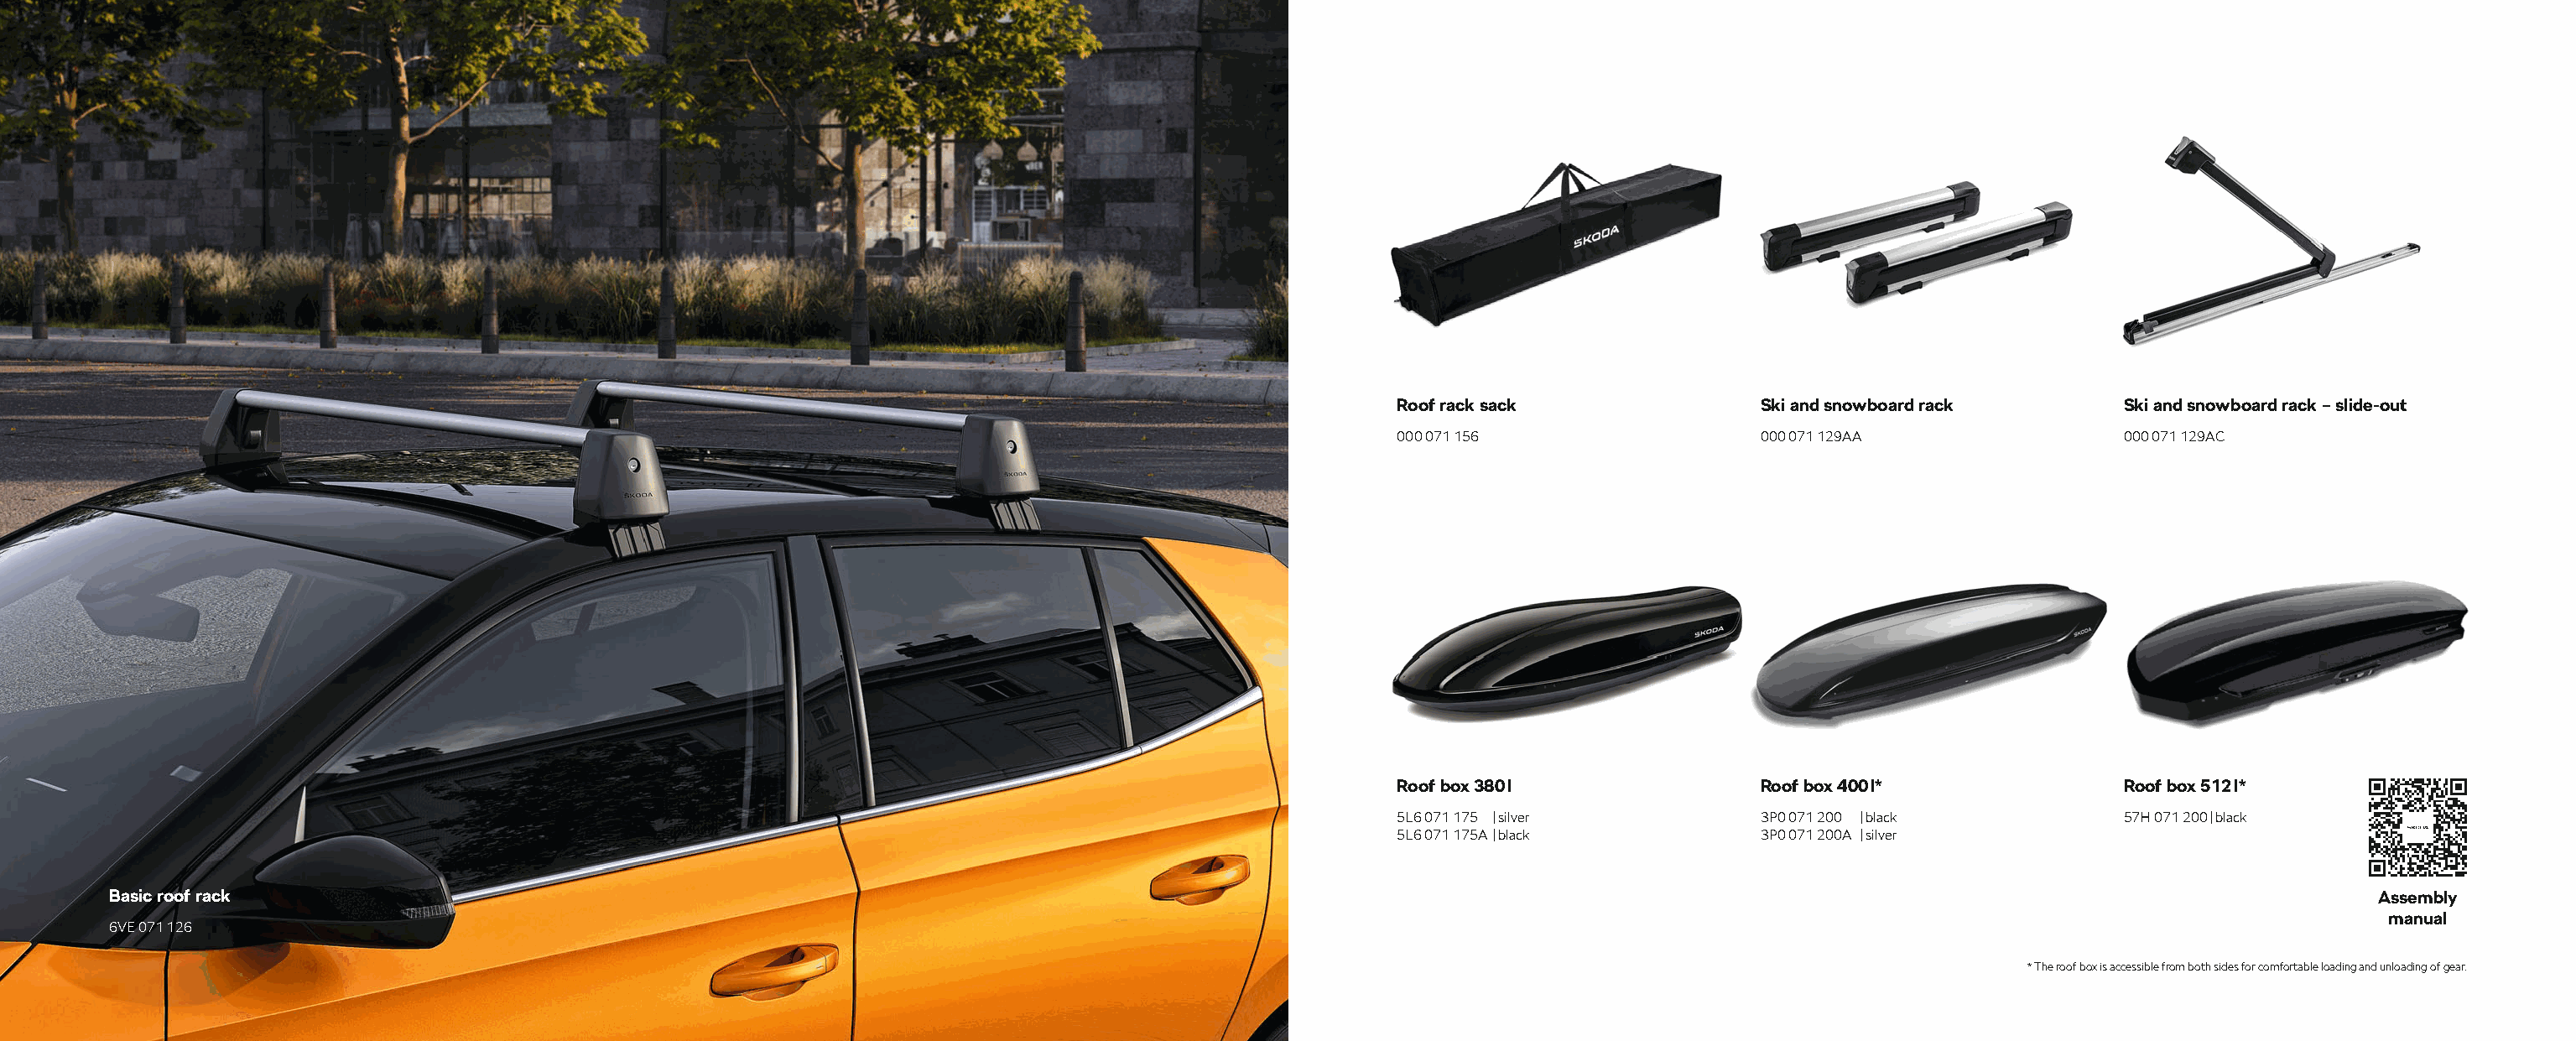
Roof rack sack               Ski and snowboard rack       Ski and snowboard rack – slide-out
 000 071 156                  000 071 129AA                000 071 129AC
 Roof box 380 l               Roof box 400 l*              Roof box 512 l*
 5L6 071 175 | silver         3P0 071 200 | black          57H 071 200 | black
 5L6 071 175A | black         3P0 071 200A | silver
 Basic roof rack                                                                                                                                                                    Assembly
 manual
 6VE 071 126
 * The roof box is accessible from both sides for comfortable loading and unloading of gear.